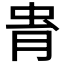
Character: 𧉎